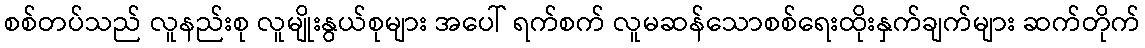
စစ်တပ်သည် လူနည်းစု လူမျိုးနွယ်စုများ အပေါ် ရက်စက် လူမဆန်သောစစ်ရေးထိုးနှက်ချက်များ ဆက်တိုက်